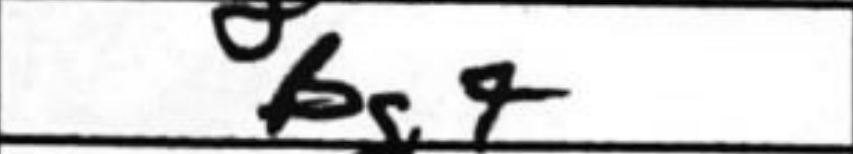
Transcription: Bg4